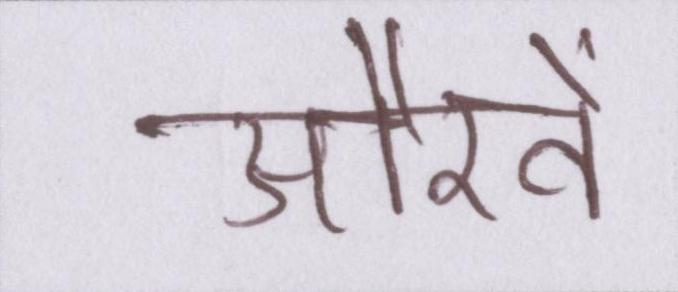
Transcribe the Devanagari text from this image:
औरतें